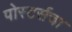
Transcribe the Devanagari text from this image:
पोस्टर्सचा